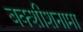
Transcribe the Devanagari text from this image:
बक्शीशनामा